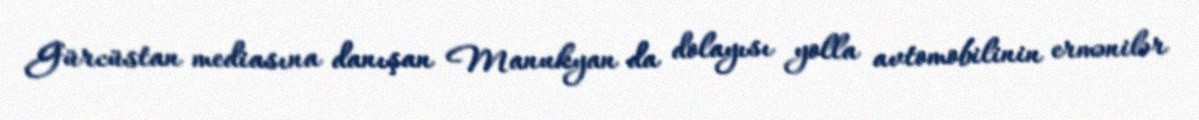
Gürcüstan mediasına danışan Manukyan da dolayısı yolla avtomobilinin ermənilər